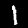
Digit: 1